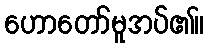
ဟောတော်မူအပ်၏။